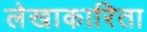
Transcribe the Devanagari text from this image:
लेखाकारिता